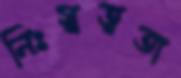
নিঃস্বত্বতা